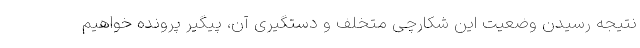
نتیجه رسیدن وضعیت این شکارچی متخلف و دستگیری آن، پیگیر پرونده خواهیم